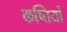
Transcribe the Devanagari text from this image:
कष्तियों